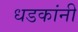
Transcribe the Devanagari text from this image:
धडकांनी